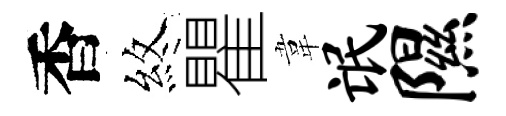
香煞瞿韋氓隰